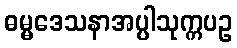
ဓမ္မဒေသနာအပ္ပါသုက္ကပဥ